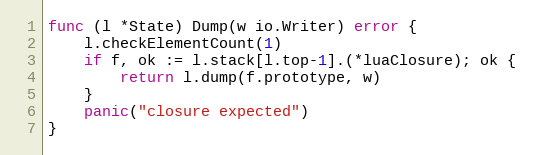
Language: Go
func (l *State) Dump(w io.Writer) error {
	l.checkElementCount(1)
	if f, ok := l.stack[l.top-1].(*luaClosure); ok {
		return l.dump(f.prototype, w)
	}
	panic("closure expected")
}